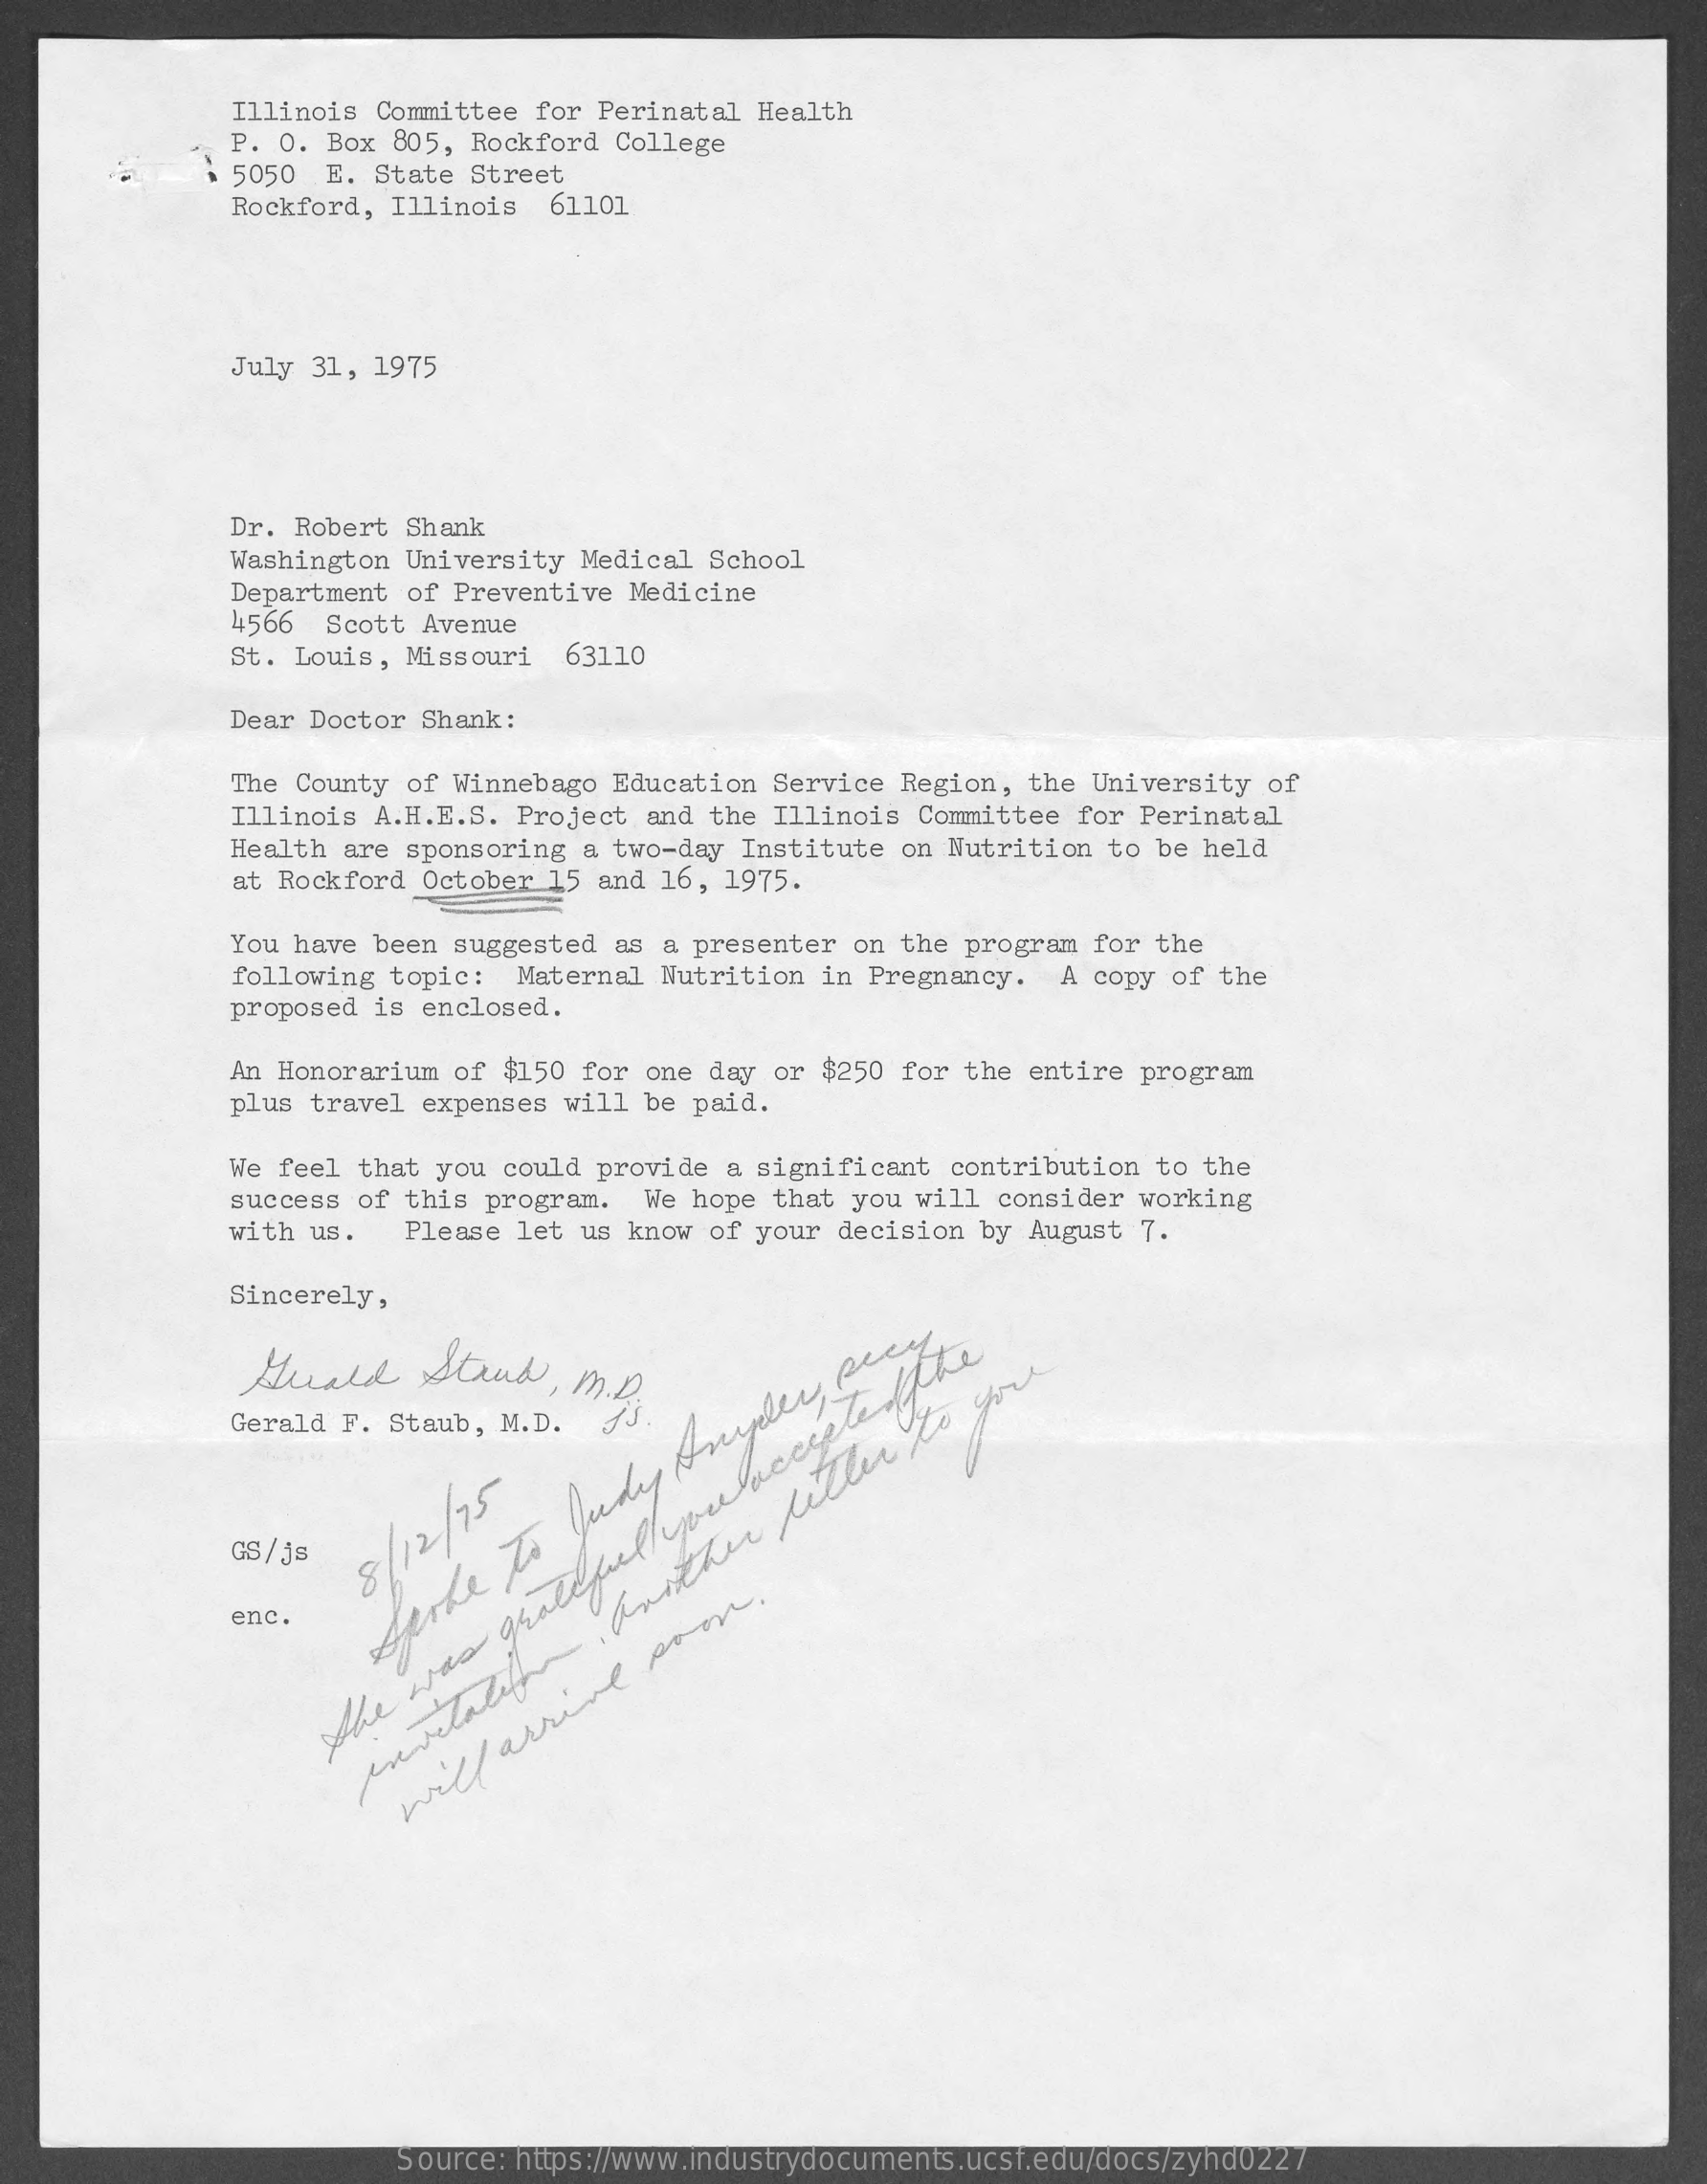
Illinois Committee  for Perinatal Health
     P. O. Box  805, Rockford College
     $ 5050 E. State Street
     Rockford, Illinois   61101
     July 31, 1975
     Dr. Robert Shank
     Washington University  Medical School
     Department of Preventive  Medicine
     4566  Scott Avenue
     St. Louis, Missouri   63110
     Dear Doctor Shank:
     The County of Winnebago  Education Service Region,  the University of
     Illinois A.H.E.S. Project  and the Illinois  Committee for Perinatal
     Health are sponsoring  a two-day Institute  on Nutrition to be held
     at Rockford October  15 and 16, 1975.
     You have been suggested  as a presenter on the  program for the
     following topic:  Maternal  Nutrition in Pregnancy.   A copy of the
     proposed is enclosed.
     An Honorarium of  $150 for one day or $250  for the entire program
     plus travel expenses  will be paid.
     We feel that you  could provide a significant  contribution to the
     success of this program.   We hope that you will  consider working
     with us.   Please let  us know of your decision  by August 7.
     Sincerely,
     Gerald    Strud,    M. D.
     Gerald F. Staub, M.D.
     GS/ js
     8/12/75
     enc.    Spoke
     to
     Judy
     Snyder,
     secy
     She
     was
     grallfeel
     you
     accepted
     the
     will
     arrive
     soon.
     Source: https://www.industrydocuments.ucsf.edu/docs/zyhd0227